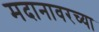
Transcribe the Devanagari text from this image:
मदानावरच्या